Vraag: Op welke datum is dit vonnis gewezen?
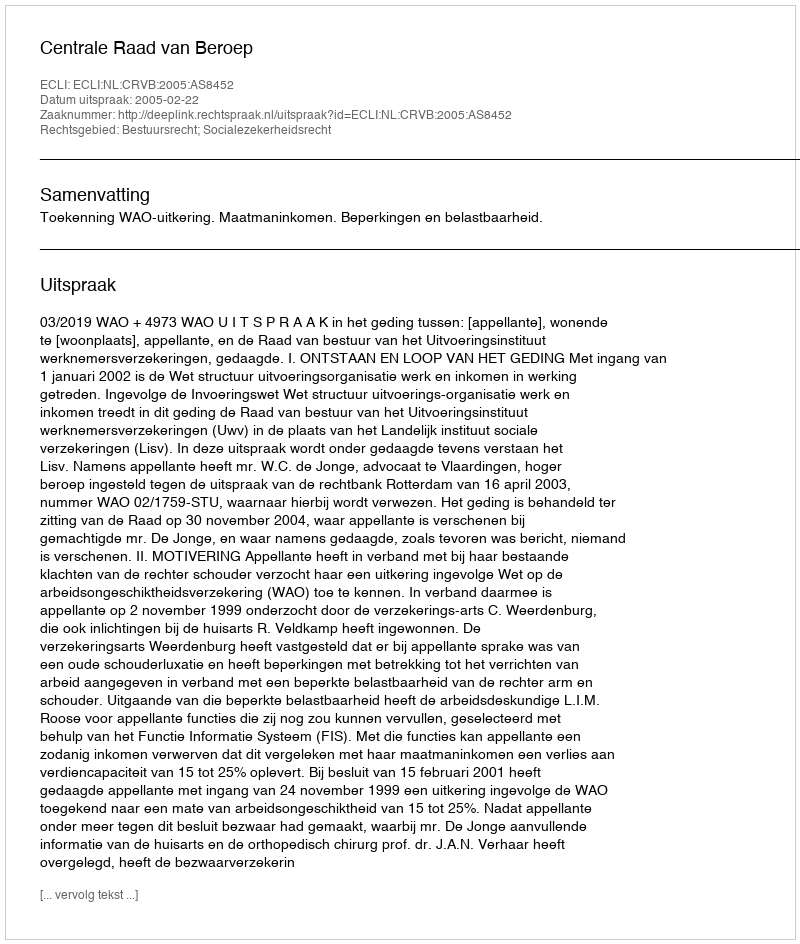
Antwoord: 2005-02-22